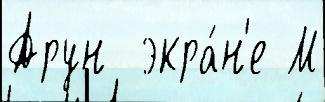
Арун  экра́н'е М